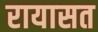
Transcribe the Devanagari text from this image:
रायासत